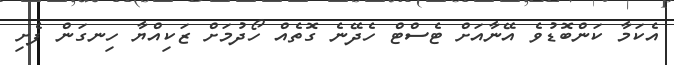
އެކަމާ ކަންބޮޑުވެ އޭނާއަށް ޓެސްޓް ހެދޭނެ ގޮތެއް ހޯދުމަށް ޒަކިއްޔާ ހިނގަން ފެށި